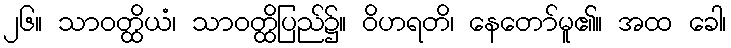
၂၆။ သာဝတ္ထိယံ၊ သာဝတ္ထိပြည်၌။ ဝိဟရတိ၊ နေတော်မူ၏။ အထ ခေါ၊